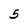
Character: 5